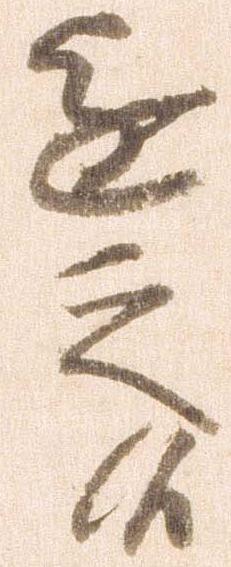
進